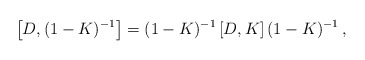
\begin{align*}\left[D,(1-K)^{-1}\right] = (1-K)^{-1}\left[ D,K\right] (1-K)^{-1}\, ,\end{align*}